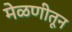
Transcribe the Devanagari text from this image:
मेळणीतून